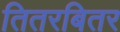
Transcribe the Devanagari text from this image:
तितरबितर